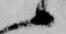
候